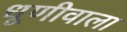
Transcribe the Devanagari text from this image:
धूणीवाला